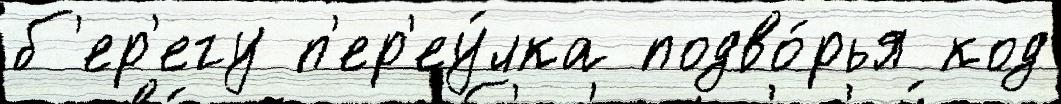
б'ер'егу п'ер'еу́лка подво́рья код